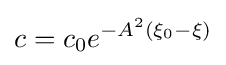
c=c_{0}e^{-A^{2}\left(\xi _{0}-\xi \right)}